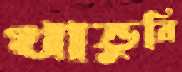
খান্ডুরি